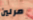
مرلين